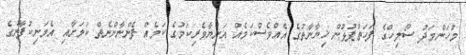
މުހަންމަދު ސޯލިހްގެ ފަހަތްޕުޅުން ޚިޔާނާތުގެ އެއްވެސްކަމެއް އަނިޔާވެރިކަމުގެ ކަމެއް ފެންނާންނެތް ކަމަށާއި އެމަނިކުފާނުގެ